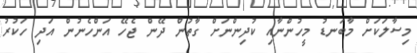
މިސާލަކަށް މާބަނޑު މީހުންނާއި ކުދިންނަށް ގާތުން ދޭން ޖެހޭ އަންހެނުން އަދި ހަކުރު